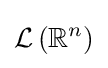
{\mathcal {L}}\left(\mathbb {R} ^{n}\right)